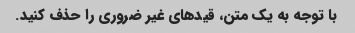
با توجه به یک متن، قیدهای غیر ضروری را حذف کنید.